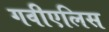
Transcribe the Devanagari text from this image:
गवीएलिस